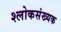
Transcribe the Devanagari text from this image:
श्लोकसंख्यक